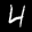
Label: 4